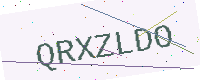
Text: QRXZLDO